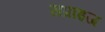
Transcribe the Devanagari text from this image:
सप्राइज